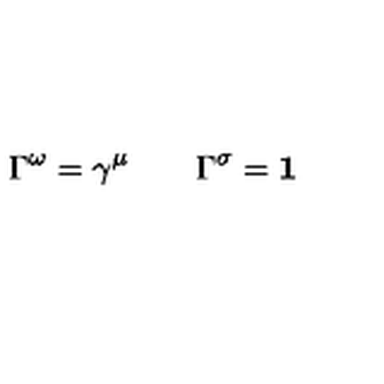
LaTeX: \/ \Gamma ^ { \omega } = \gamma ^ { \mu } \qquad \/ \Gamma ^ { \sigma } = { \bf 1 }